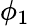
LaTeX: \phi_{1}